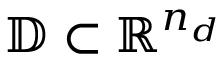
\mathbb { D } \subset \mathbb { R } ^ { n _ { d } }